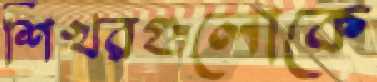
শিখরগুলোকে